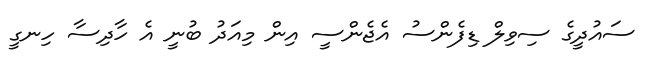
ސައުދީގެ ސިވިލް ޑިފެންސު އެޖެންސީ އިން މިއަދު ބުނީ އެ ހާދިސާ ހިނގީ